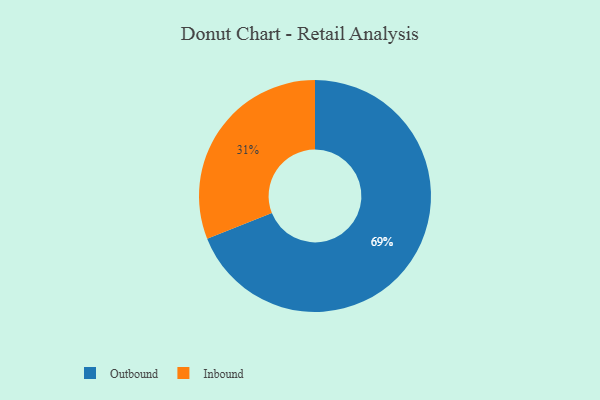
{"axis": {"x": "Category", "y": "Percentage"}, "legend": ["Inbound", "Outbound"], "data": [{"x": "Outbound", "y": 69, "type": "Outbound"}, {"x": "Inbound", "y": 31, "type": "Inbound"}]}